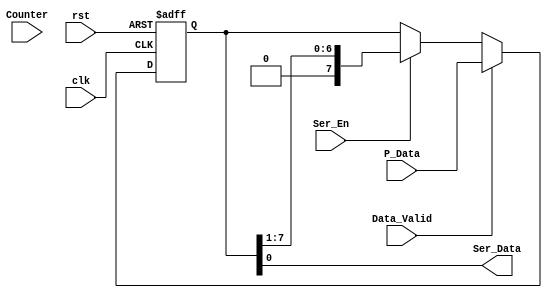
module Serializer #(
   parameter Data_Width=8
) (
    input wire [Data_Width-1:0] P_Data,
    input wire clk,
    input wire rst,
    input wire Ser_En,
    input wire Data_Valid,
    input wire [2:0] Counter,
    output wire Ser_Data
);
reg [Data_Width-1:0] Data;

always @(posedge clk or negedge rst) begin
    if (!rst) begin
        Data<='b0;
    end else if(Data_Valid) begin
        Data<=P_Data;
    end else if(Ser_En) begin
        Data<=Data>>1;
    end
end
assign Ser_Data=Data[0];
endmodule